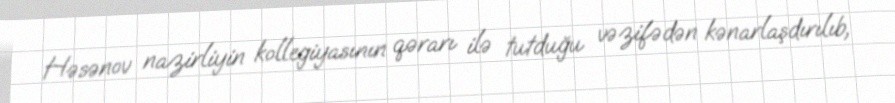
Həsənov nazirliyin kollegiyasının qərarı ilə tutduğu vəzifədən kənarlaşdırılıb,